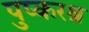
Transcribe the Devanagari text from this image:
पुष्करश्च